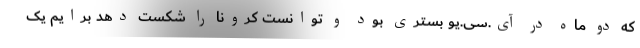
که دو ماه در آی.سی.یو بستری بود و توانست کرونا را شکست دهد برایم یک